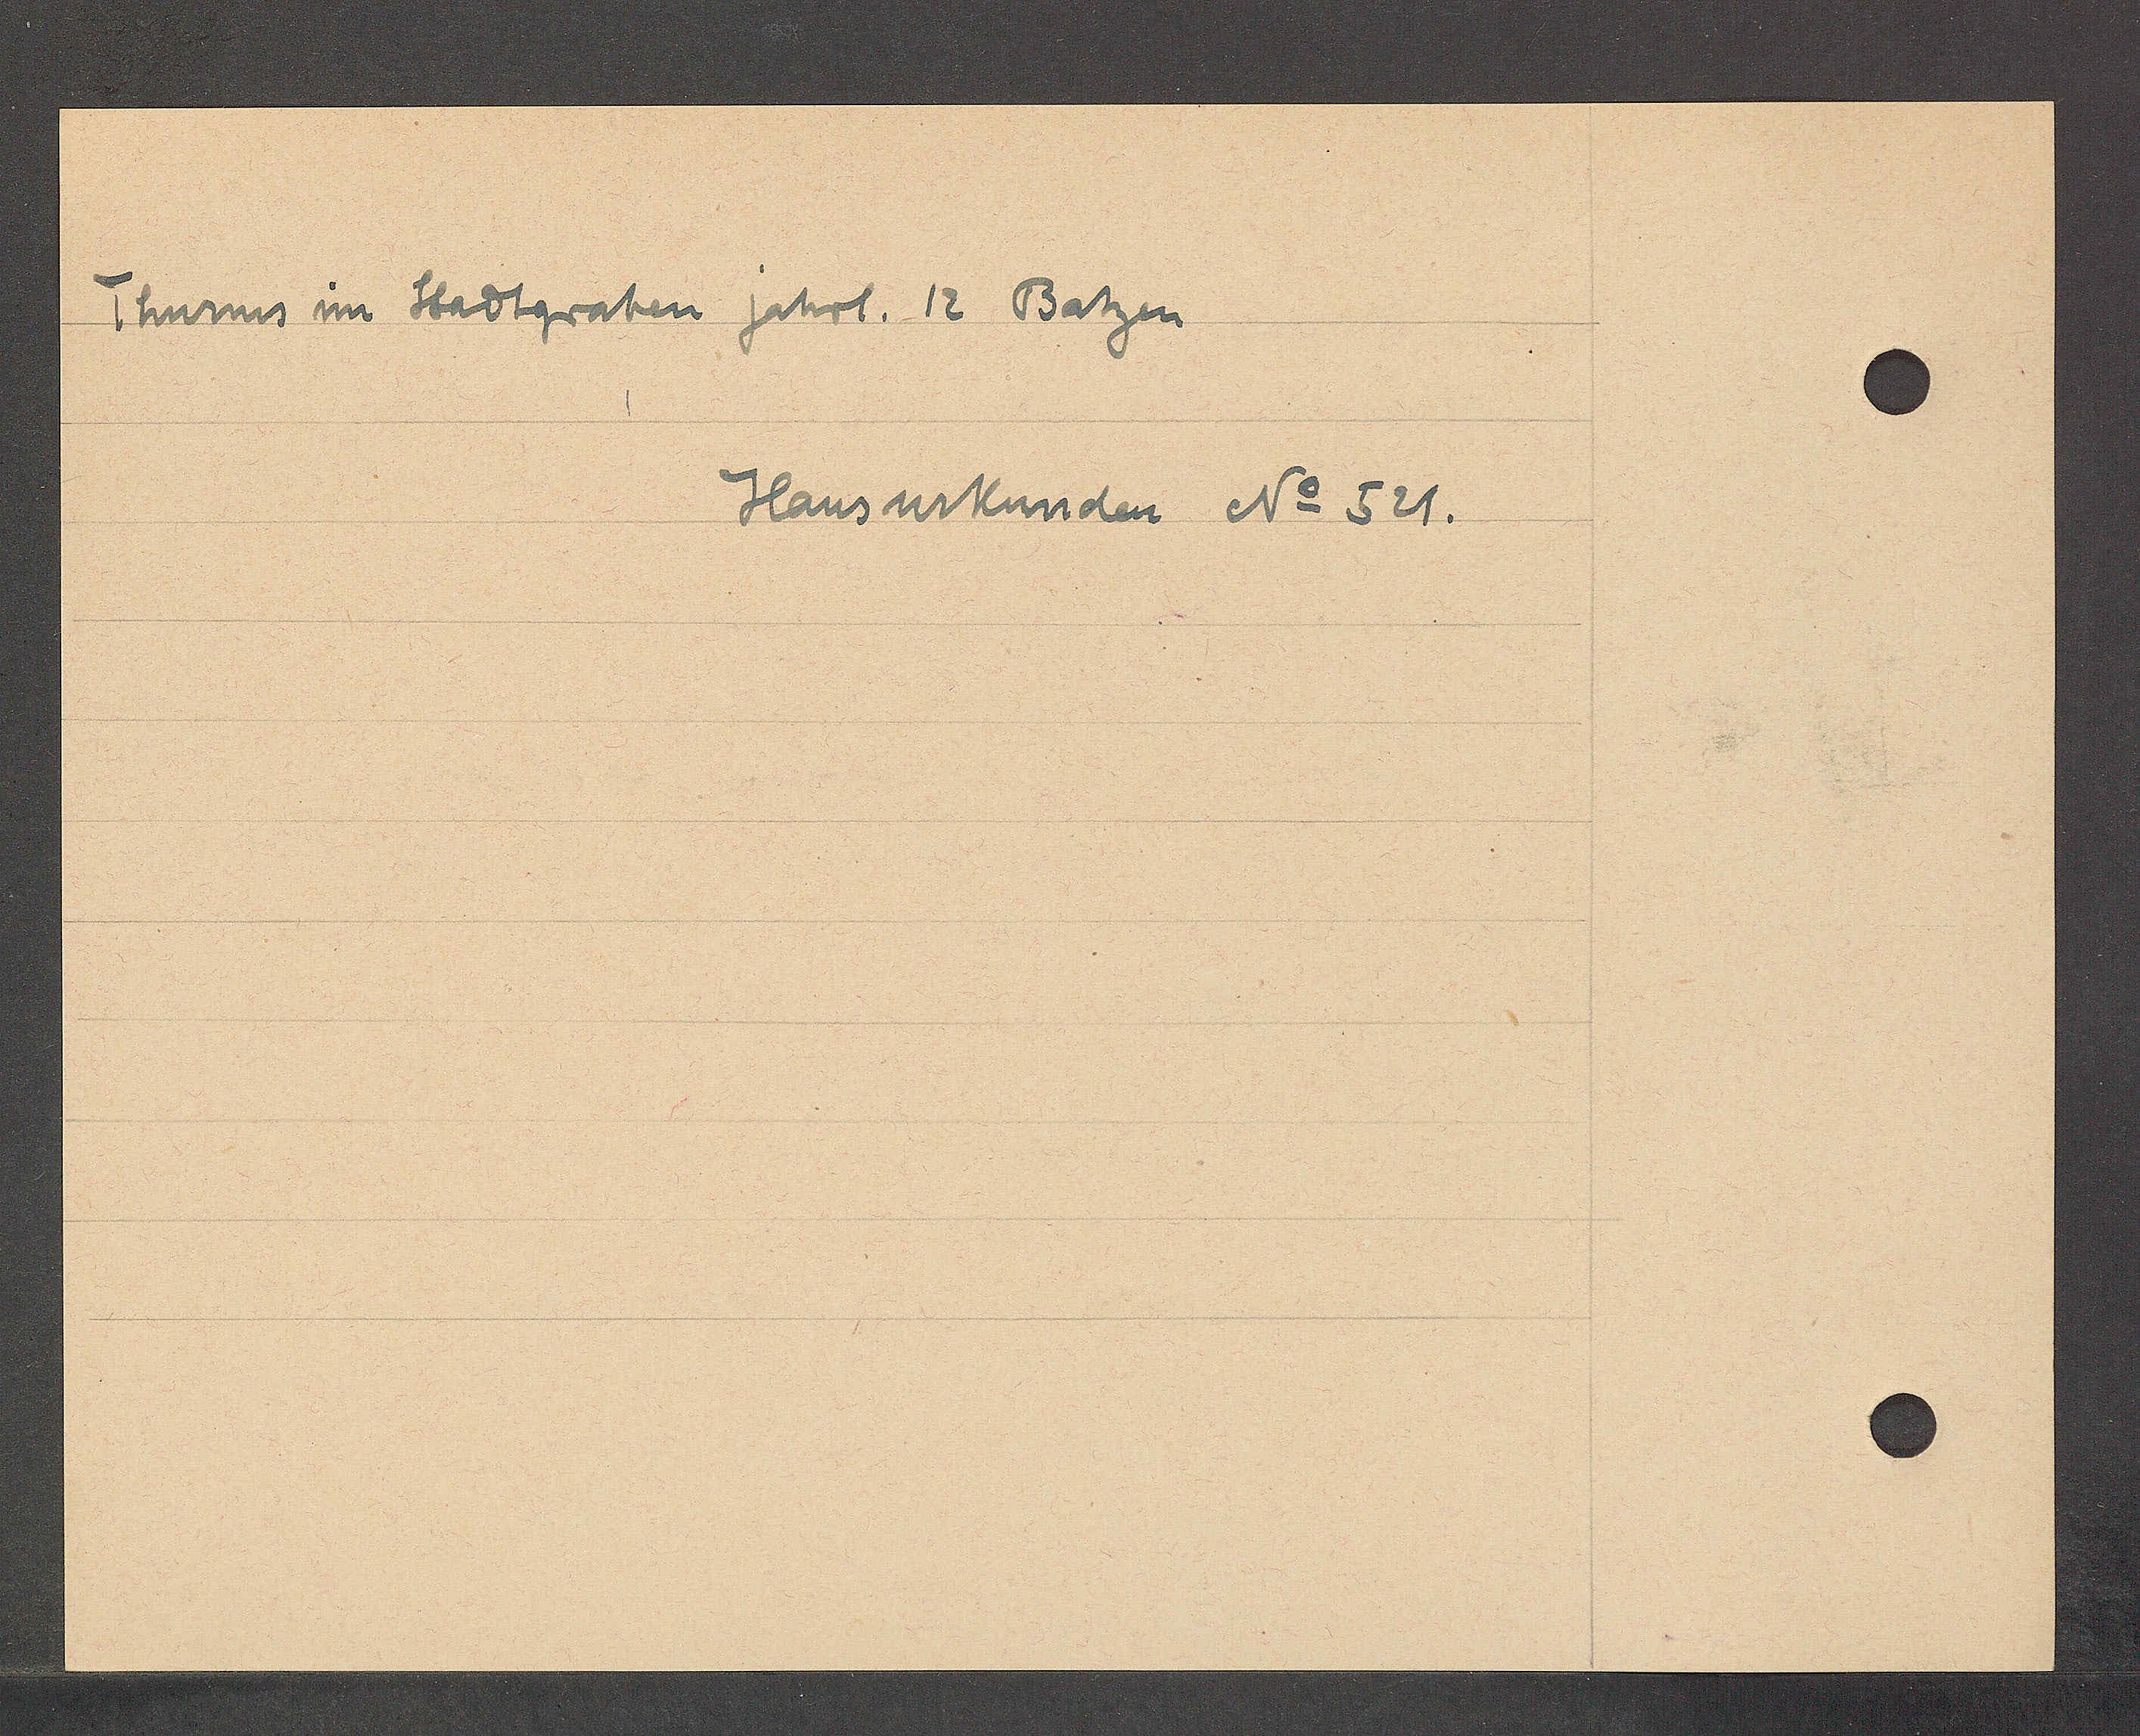
Transcript:
Thurms um Stadtgraben jährl. 12 Batzen

Hausurkunden No 521.